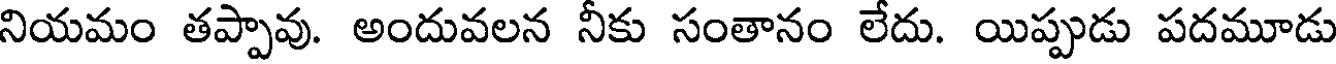
నియమం తప్పావు. అందువలన నీకు సంతానం లేదు. యిప్పుడు పదమూడు